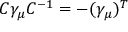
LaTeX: C \gamma _ { \mu } C ^ { - 1 } = - ( \gamma _ { \mu } ) ^ { T }